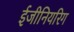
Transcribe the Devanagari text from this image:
ईजीनियरिग